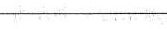
___